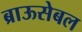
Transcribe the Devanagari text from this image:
ब्राऊसेबल